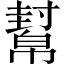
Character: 幫